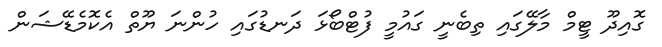
ގޮއިދޫ ޓީމް މާލޭގައި ތިބެނީ ގައުމީ ފުޓްބޯޅަ ދަނޑުގައި ހުންނަ ޔޫތް އެކޮމެޑޭޝަން